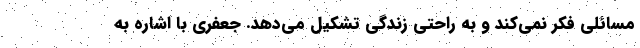
مسائلی فکر نمی‌کند و به راحتی زندگی تشکیل می‌دهد. جعفری با اشاره به